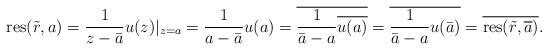
LaTeX: \begin{align*}{\rm res}(\tilde{r},a)=\frac{1}{z-\bar{a}}u(z)|_{z=a}=\frac1{a-\bar{a}}u(a)=\overline{\frac1{\bar{a}-a}\overline{u(a)}}=\overline{\frac{1}{\bar{a}-a}{u(\bar{a})}}=\overline{{\rm res}(\tilde{r},\overline{a})}.\end{align*}